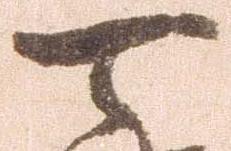
可